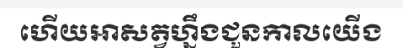
ហើយអាសត្វហ្នឹងជួនកាលយើង